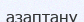
азаптану